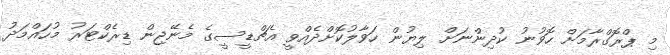
މި ޕްރޮގްރާމަށް ހޮވުނު ކުދިންނަށް ލިޔުން ހަވާލުކޮށްދެއްވީ އެޗްޑީސީގެ މެނޭޖިން ޑިރެކްޓަރު މުހައްމަދު